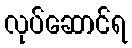
လုပ်ဆောင်ရ